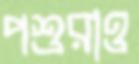
পশুরাও